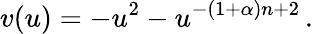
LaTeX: v(u)=-u^{2}-u^{-(1+\alpha)n+2}\, .